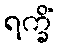
ရက္ခိံ